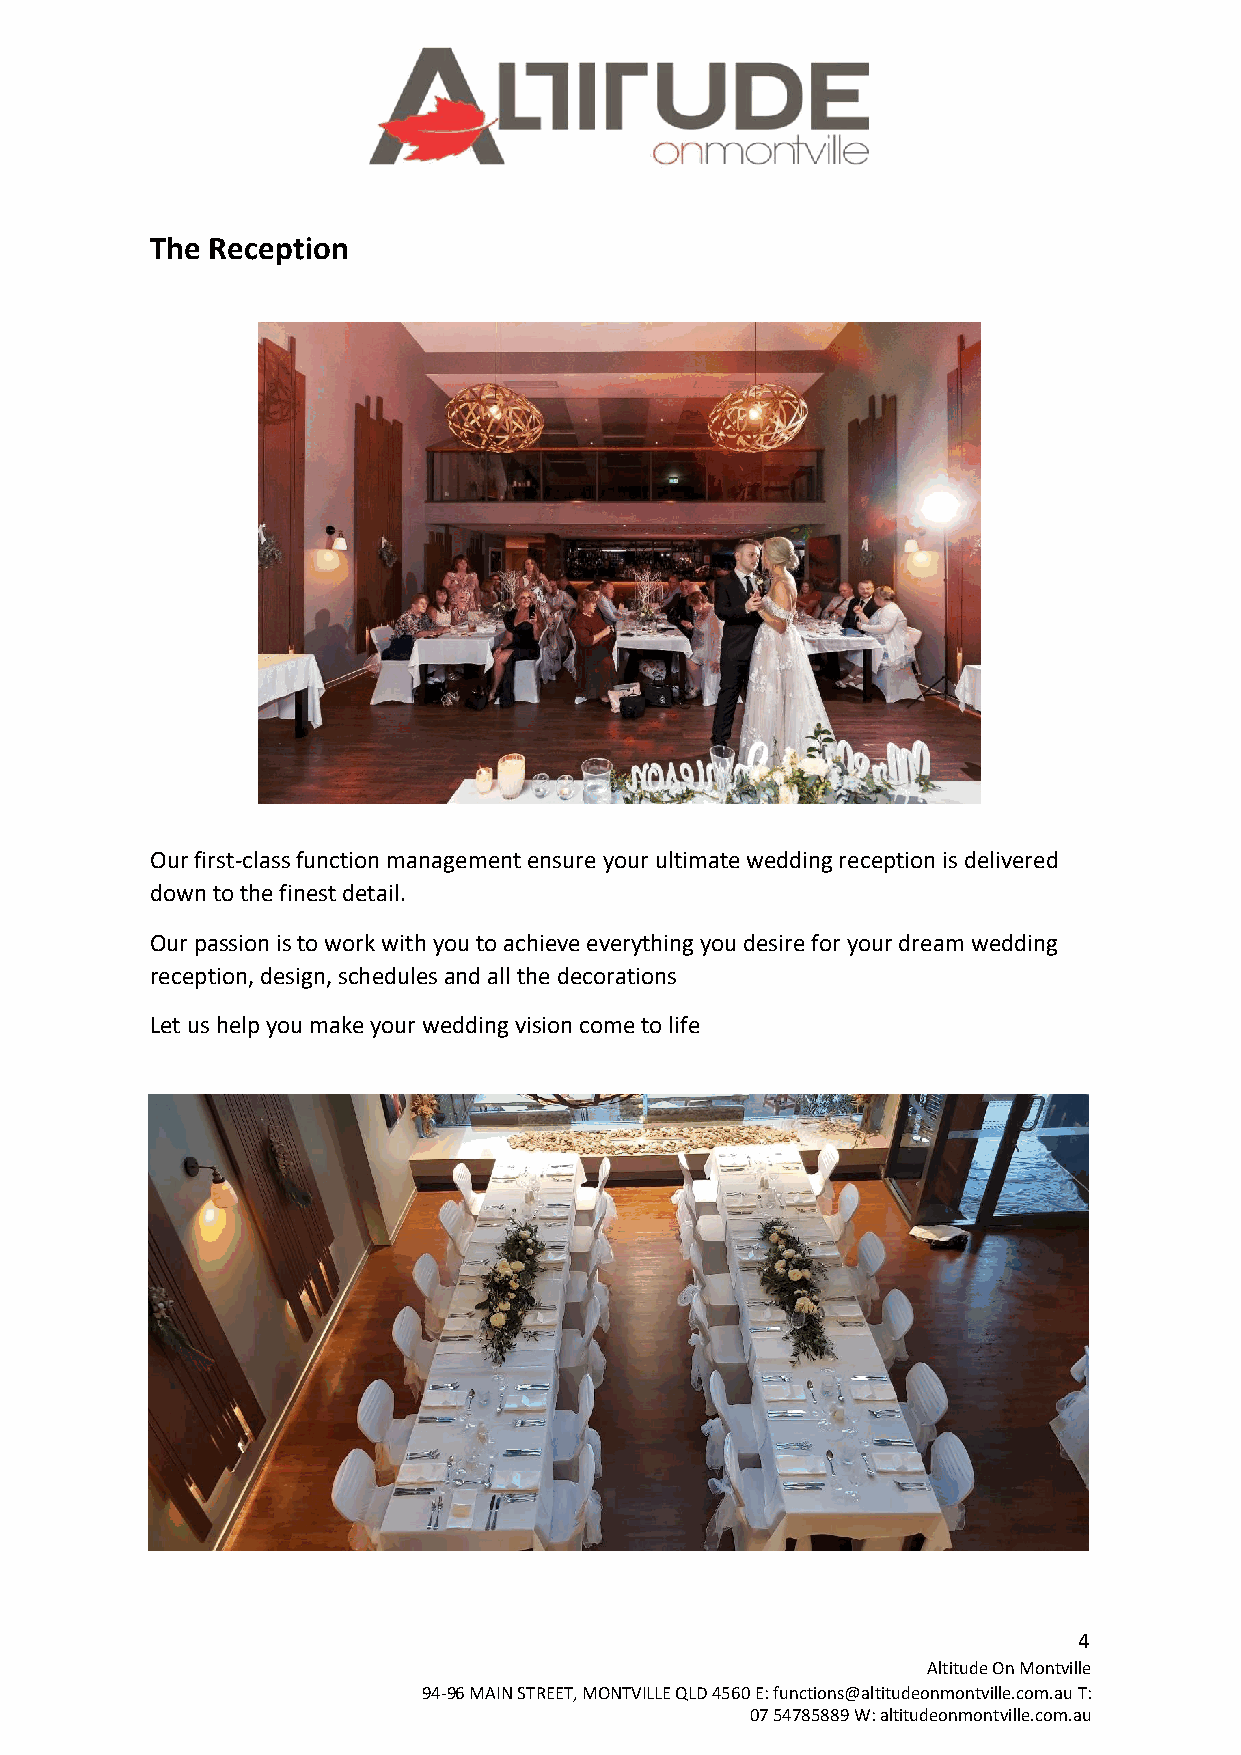
The Reception
 Our first-class function management ensure your ultimate wedding reception is delivered
 down to the finest detail.
 Our passion is to work with you to achieve everything you desire for your dream wedding
 reception, design, schedules and all the decorations
 Let us help you make your wedding vision come to life
 4
 Altitude On Montville
 94-96 MAIN STREET, MONTVILLE QLD 4560 E: functions@altitudeonmontville.com.au T:
 07 54785889 W: altitudeonmontville.com.au